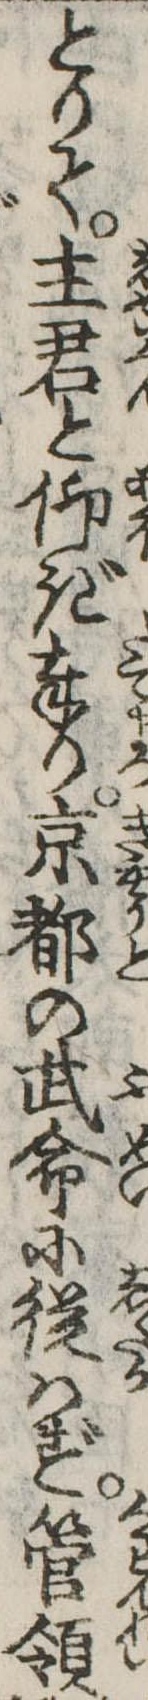
とりて主君と仰ぎ奉り京都の武命に従はず管領